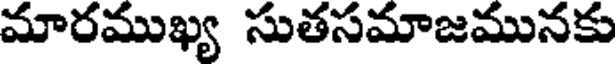
మారముఖ్య సుతసమాజమునకు